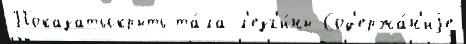
Показатьскрыть та́ла л'езг'и́ны Сод'ержа́н'иjе